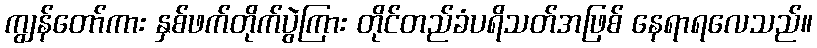
ကျွန်တော်ကား နှစ်ဖက်တိုက်ပွဲကြား တိုင်တည်ခံပရိသတ်အဖြစ် နေရာရလေသည်။